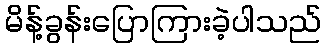
မိန့်ခွန်းပြောကြားခဲ့ပါသည်